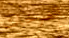
الصرخات